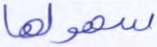
سهولها